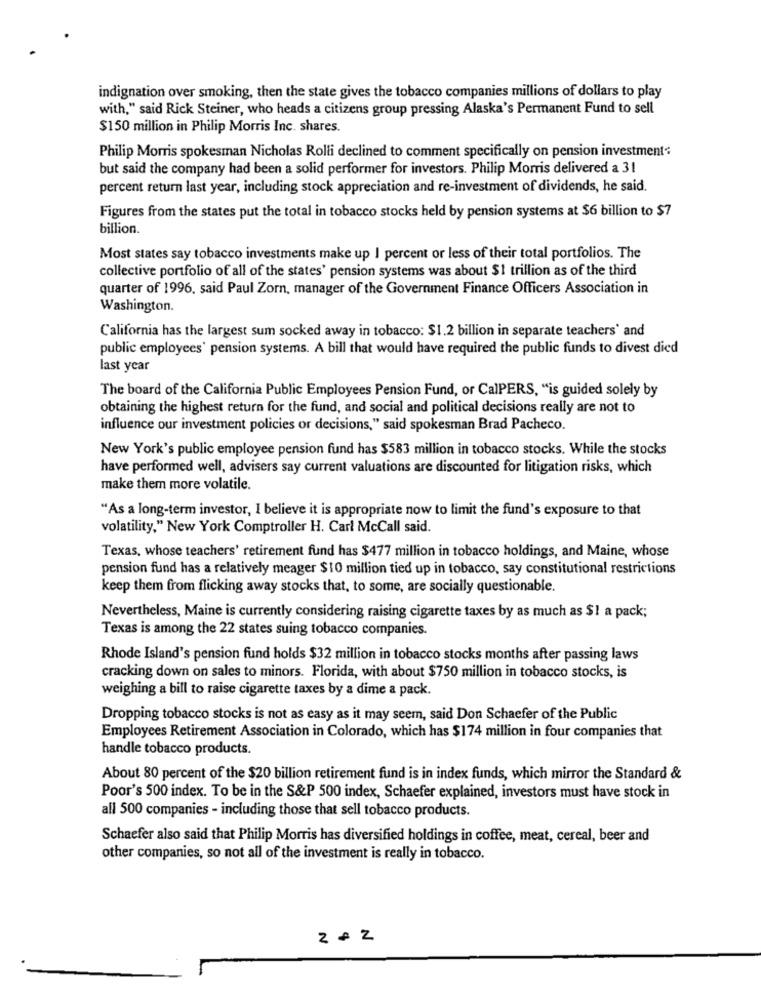
indignation over smoking, then the state gives the tobacco companies millions of dollars to play
with," said Rick Steiner, who heads a citizens group pressing Alaska's Permanent Fund to sell
$150 million in Philip Morris Inc. shares.
Philip Morris spokesman Nicholas Rolli declined to comment specifically on pension investment:
but said the company had been a solid performer for investors. Philip Morris delivered a 31
percent return last year, including stock appreciation and re-investment of dividends, he said.
Figures from the states put the total in tobacco stocks held by pension systems at $6 billion to $7
billion.
Most states say tobacco investments make up I percent or less of their total portfolios. The
collective portfolio of all of the states' pension systems was about $1 trillion as of the third
quarter of 1996. said Paul Zorn, manager of the Government Finance Officers Association in
Washington.
California has the largest sum socked away in tobacco: $1.2 billion in separate teachers' and
public employees' pension systems. A bill that would have required the public funds to divest died
last year
The board of the California Public Employees Pension Fund, or CalPERS, "is guided solely by
obtaining the highest return for the fund, and social and political decisions really are not to
influence our investment policies or decisions," said spokesman Brad Pacheco.
New York's public employee pension fund has $583 million in tobacco stocks. While the stocks
have performed well, advisers say current valuations are discounted for litigation risks, which
make them more volatile.
"As a long-term investor, I believe it is appropriate now to limit the fund's exposure to that
volatility." New York Comptroller H. Carl McCall said.
Texas, whose teachers' retirement fund has $477 million in tobacco holdings, and Maine, whose
pension fund has a relatively meager $10 million tied up in tobacco, say constitutional restrictions
keep them from flicking away stocks that, to some, are socially questionable.
Nevertheless, Maine is currently considering raising cigarette taxes by as much as $! a pack;
Texas is among the 22 states suing tobacco companies.
Rhode Island's pension fund holds $32 million in tobacco stocks months after passing laws
cracking down on sales to minors. Florida, with about $750 million in tobacco stocks, is
weighing a bill to raise cigarette taxes by a dime a pack.
Dropping tobacco stocks is not as easy as it may seem, said Don Schaefer of the Public
Employees Retirement Association in Colorado, which has $174 million in four companies that
handle tobacco products.
About 80 percent of the $20 billion retirement fund is in index funds, which mirror the Standard &
Poor's 500 index. To be in the S&P 500 index, Schaefer explained, investors must have stock in
all 500 companies - including those that sell tobacco products.
Schaefer also said that Philip Morris has diversified holdings in coffee, meat, cereal, beer and
other companies, so not all of the investment is really in tobacco.
2 + 2